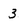
Character: 3